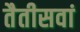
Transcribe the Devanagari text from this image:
तैतीसवां